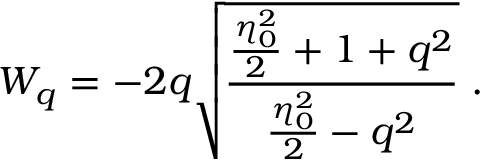
{ \cal { W } } _ { q } = - 2 q \sqrt { \frac { { \frac { \eta _ { 0 } ^ { 2 } } { 2 } } + 1 + q ^ { 2 } } { { \frac { \eta _ { 0 } ^ { 2 } } { 2 } } - q ^ { 2 } } } \; .